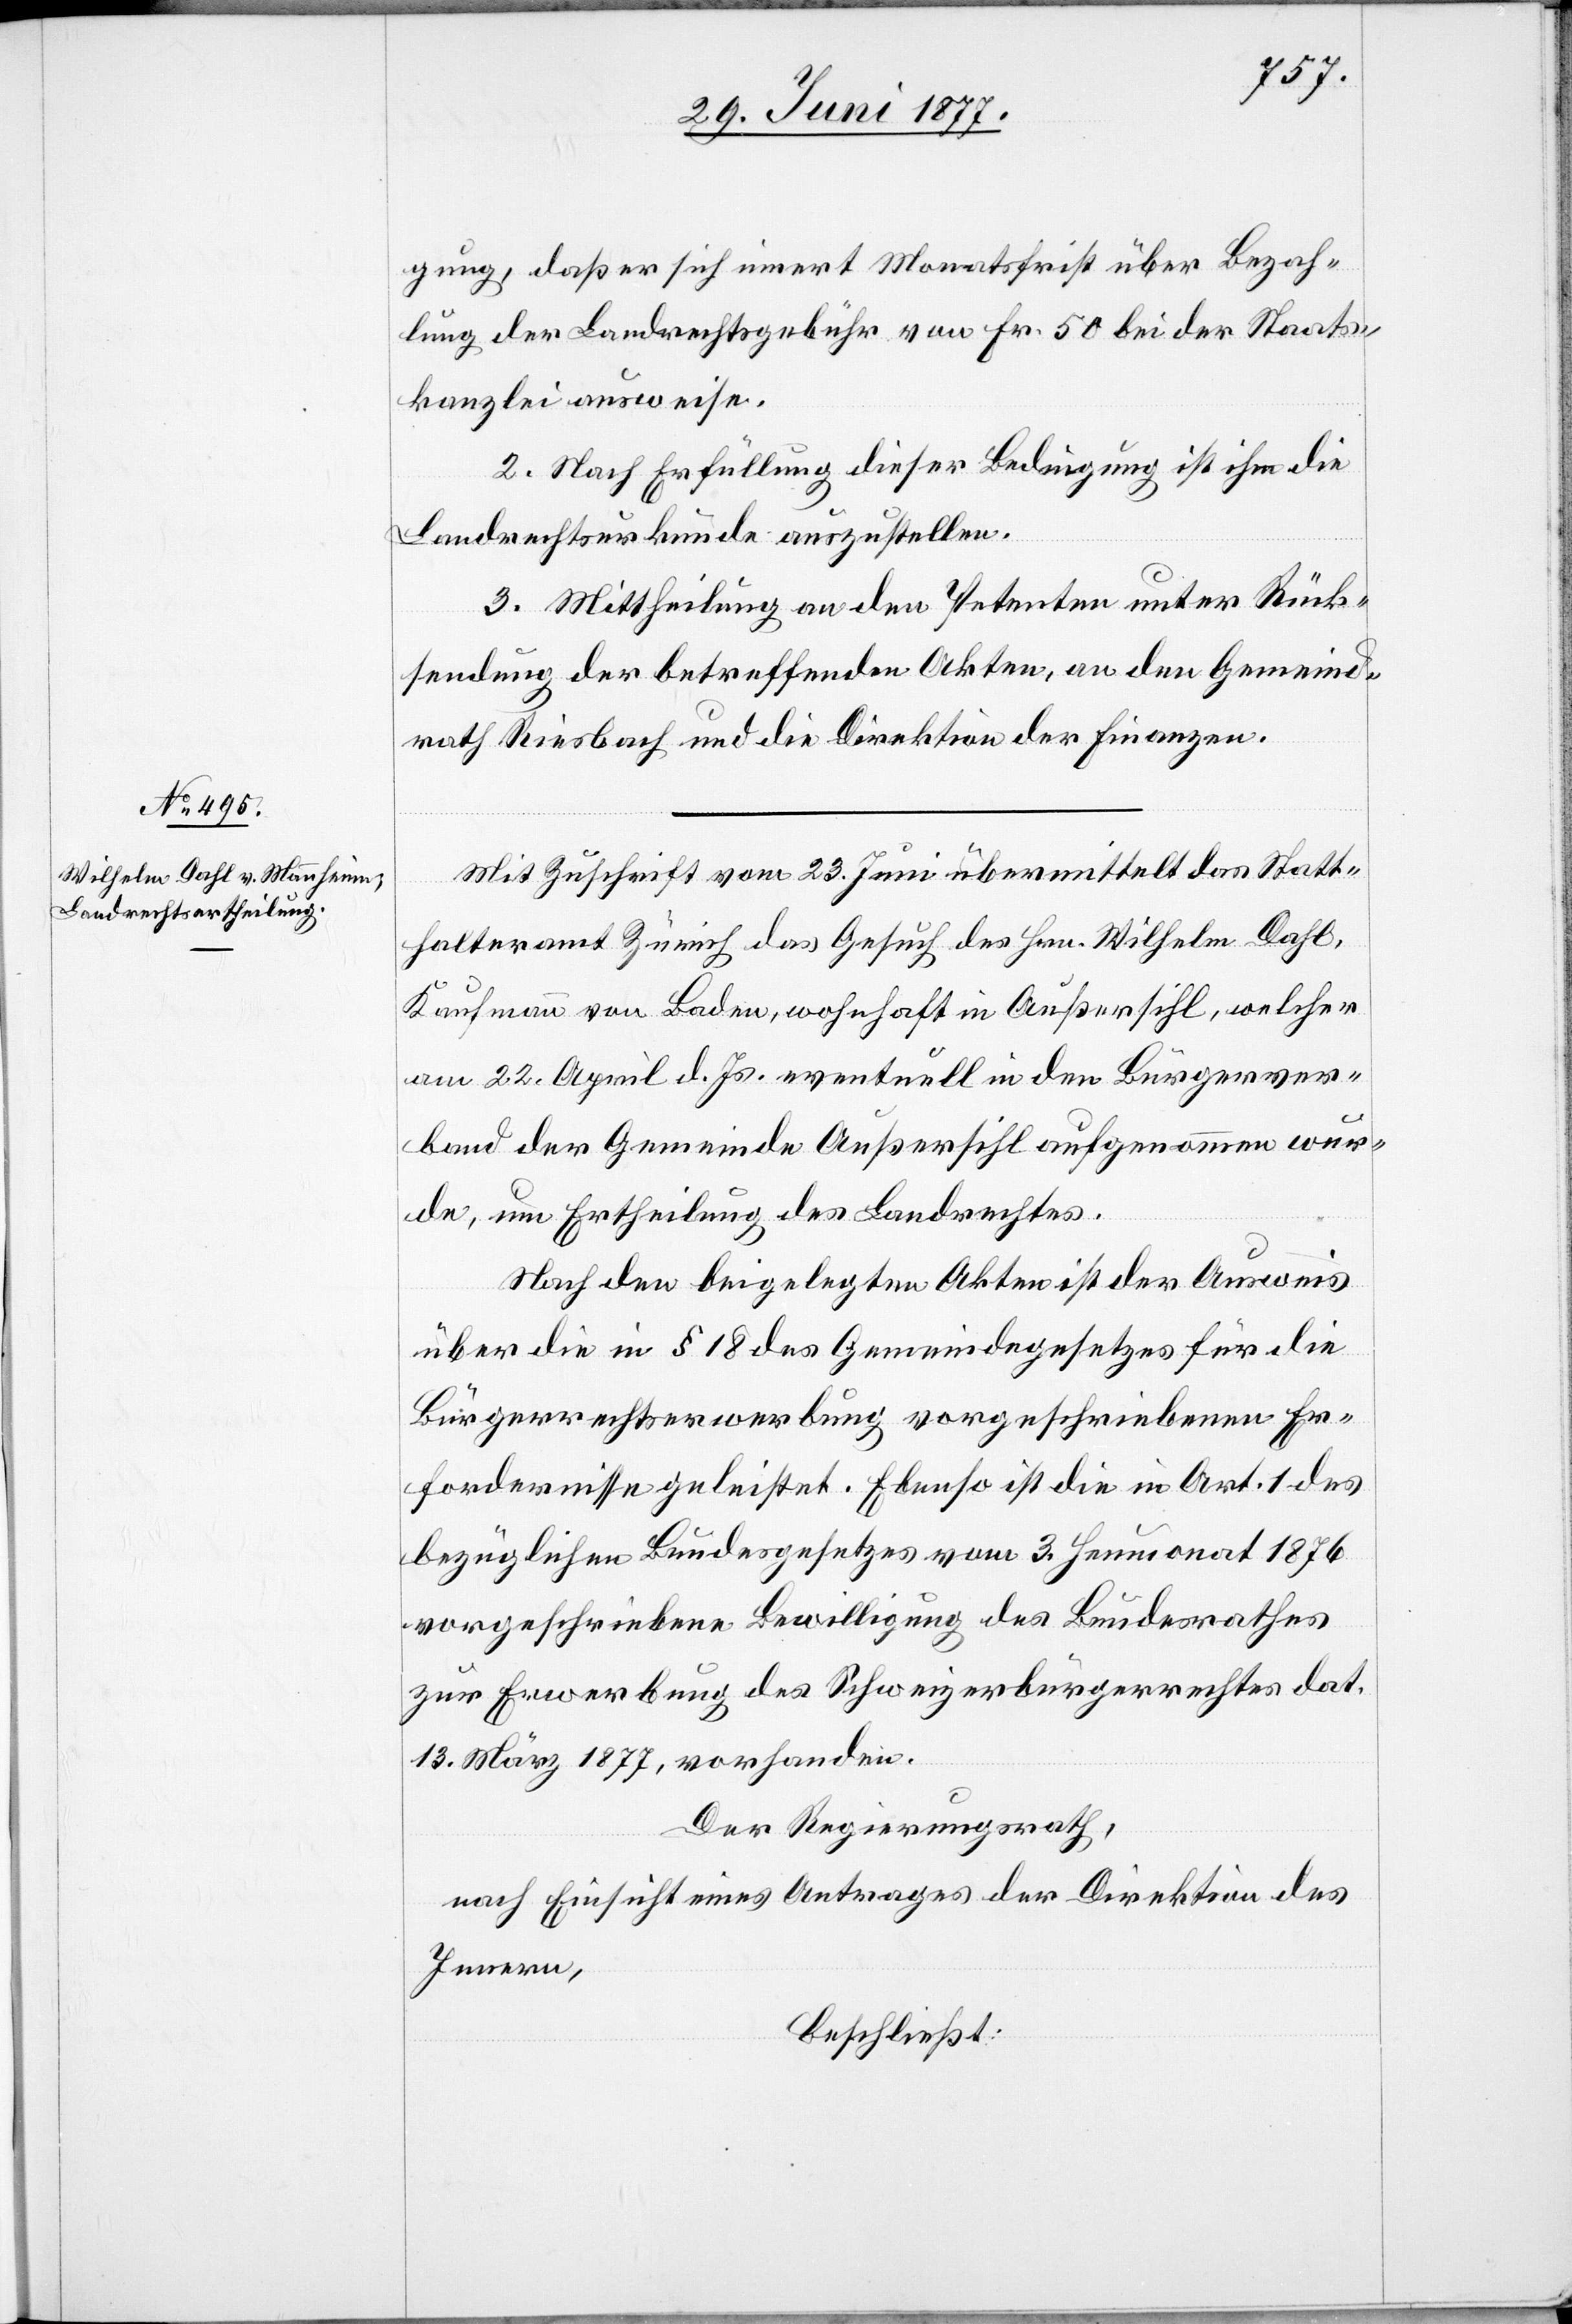
gung, daß er sich innert Monatsfrist über Bezah¬
lung der Landrechtsgebühr von Fr. 50 bei der Staats¬
kanzlei ausweise.
2. Nach Erfüllung dieser Bedingung ist ihm die
Landrechtsurkunde auszustellen.
3. Mittheilung an den Petenten unter Rück¬
sendung der betreffenden Akten, an den Gemeind¬
rath Riesbach und die Direktion der Finanzen.
Mit Zuschrift vom 23. Juni übermittelt das Statt¬
halteramt Zürich das Gesuch des Hrn. Wilhelm Dahl,
Kaufmann von Baden, wohnhaft in Außersihl, welcher
am 22. April d. Js. eventuell in den Bürgerrechtsv¬
erband der Gemeinde Außersihl aufgenommen wur¬
de, um Ertheilung des Landrechtes.
Nach den beigelegten Akten ist der Ausweis
über die in § 18 des Gemeindegesetzes für die
Bürgerrechtserwerbung vorgeschriebenen Er¬
fordernisse geleistet. Ebenso ist die in Art. 1 des
bezüglichen Bundesgesetzes vom 3. Hornung 1876
vorgeschriebene Bewilligung des Bundesrathes
zur Erwerbung des Schweizerbürgerrechts dat.
13. März 1877, vorhanden.
Der Regierungsrath,
nach Einsicht eines Antrages der Direktion des
Innern,
beschließt: